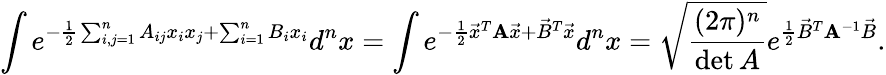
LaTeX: \int e^{-{\frac{1}{2}}\sum_{i,j=1}^{n}A_{ij}x_{i}x_{j}+\sum_{i=1}^{n}B_{i}x_{i}}d^{n}x=\int e^{-{\frac{1}{2}}{\vec{x}}^{T}\mathbf{A}{\vec{x}}+{\vec{B}}^{T}{\vec{x}}}d^{n}x={\sqrt{\frac{(2\pi)^{n}}{\operatorname*{det}{A}}}}e^{{\frac{1}{2}}{\vec{B}}^{T}\mathbf{A}^{-1}{\vec{B}}}.